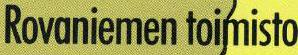
Rovaniemen toimisto